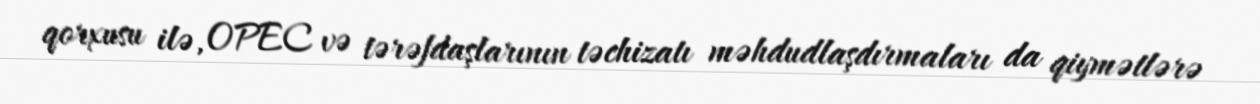
qorxusu ilə, OPEC və tərəfdaşlarının təchizatı məhdudlaşdırmaları da qiymətlərə